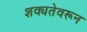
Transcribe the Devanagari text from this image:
शक्यतेवरून